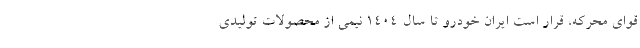
قوای محرکه، قرار است ایران خودرو تا سال ۱۴۰۴ نیمی از محصولات تولیدی